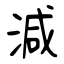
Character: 減